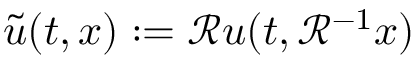
\widetilde u ( t , x ) : = \mathcal { R } u ( t , \mathcal { R } ^ { - 1 } x )